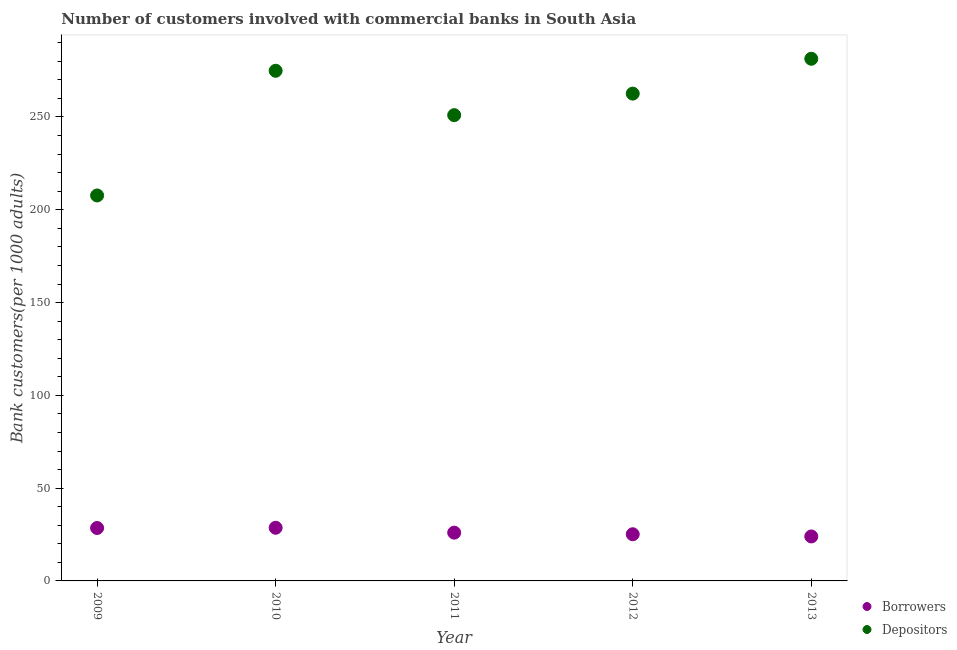
| Year | Borrowers | Depositors |
 | --- | --- | --- |
 | 2009 | 28.5 | 208 |
 | 2010 | 28.6 | 275 |
 | 2011 | 26 | 251 |
 | 2012 | 25.1 | 263 |
 | 2013 | 24 | 281 |